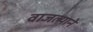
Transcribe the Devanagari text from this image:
वाजल्याने